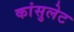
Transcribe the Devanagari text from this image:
कांसुलेट